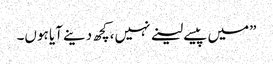
”میں پیسے لینے نہیں،کچھ دینے آیا ہوں۔